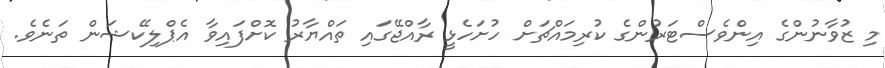
މި ޒުވާނުންގެ އިންވެސްޓަރުންގެ ކުރިމައްޗަށް ހުށަހެޅީ ރާއްޖޭގައި ތައްޔާރު ކޮށްފައިވާ އެޕްލިކޭޝަން ތަނެވެ.